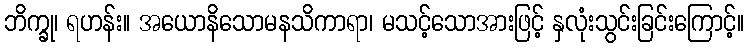
ဘိက္ခု၊ ရဟန်း။ အယောနိသောမနသိကာရာ၊ မသင့်သောအားဖြင့် နှလုံးသွင်းခြင်းကြောင့်။